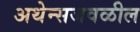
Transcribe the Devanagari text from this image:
अथेन्सजवळील